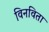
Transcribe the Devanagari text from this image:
विनविता